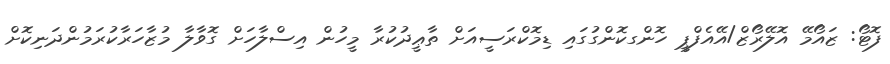
ފޮޓޯ: ޒައޯމޭ އޮލޭރޯޒް/އޭއެފްޕީ ހޮންގކޮންގުގައި ޑިމޮކްރަސީއަށް ތާޢީދުކުރާ މީހުން އިސްލާހަށް ގޮވާލާ މުޒާހަރާކުރަމުންދަނިކޮށް